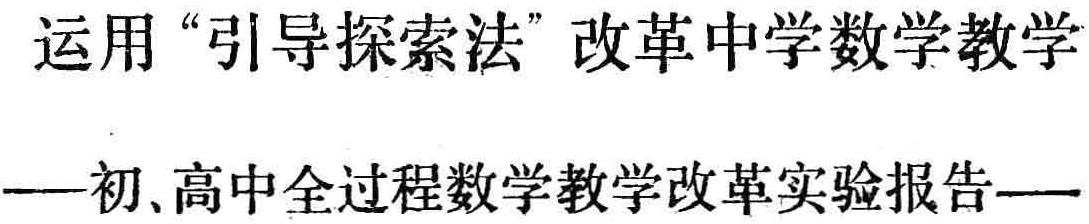
运用“引导探索法”改革中学数学教学

——初、高中全过程数学教学改革实验报告——